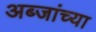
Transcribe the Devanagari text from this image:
अब्जांच्या